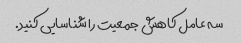
سه عامل کاهش جمعیت را شناسایی کنید.